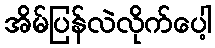
အိမ်ပြန်လဲလိုက်ပေါ့